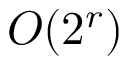
O ( 2 ^ { r } )